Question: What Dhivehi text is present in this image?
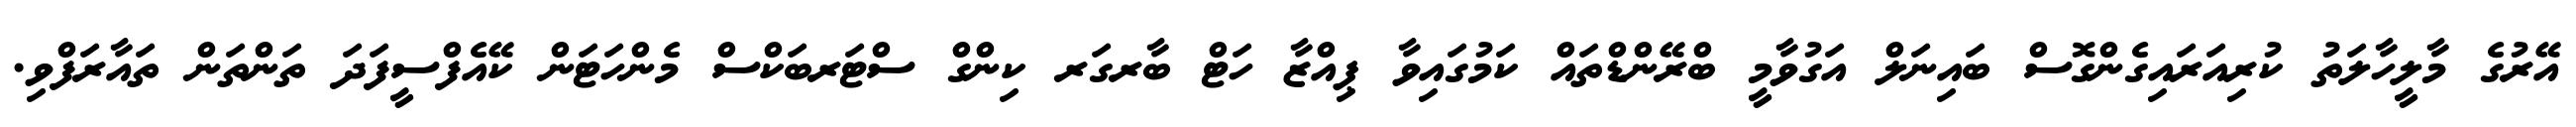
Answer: އޭރުގެ މާލީހާލަތު ކުރިއަރައިގެންގޮސް ބައިނަލް އަގުވާމީ ބްރޭންޑްތައް ކަމުގައިވާ ޕިއްޒާ ހަޓް ބާރގަރ ކިންގް ސްޓަރބަކްސް މެންހަޓަން ކޭއެފްސީފަދަ ތަންތަން ތައާރަފްވި.